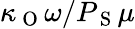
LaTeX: \kappa_{\mathrm{~O~}}\omega/P_{\mathrm{~S~}}\mu